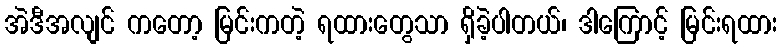
အဲဒီအလျင် ကတော့ မြင်းကတဲ့ ရထားတွေသာ ရှိခဲ့ပါတယ်၊ ဒါကြောင့် မြင်းရထား